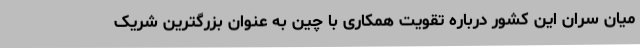
میان سران این کشور درباره تقویت همکاری با چین به عنوان بزرگترین شریک